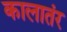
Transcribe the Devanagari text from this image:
कालातंर